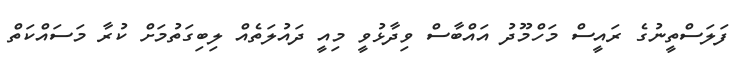
ފަލަސްތީނުގެ ރައީސް މަހްމޫދު އައްބާސް ވިދާޅުވީ މިއީ ދައުލަތެއް ލިބިގަތުމަށް ކުރާ މަސައްކަތް